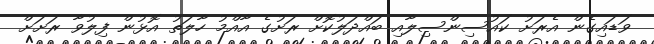
ވަޑައިގެން އެރަށު ކައުސިންސިލާއި ބައްދަލުކޮށް ރަށުގެ އާއްމު ހާލަތު އޮޅުން ފިލުވާ ރަށަށް